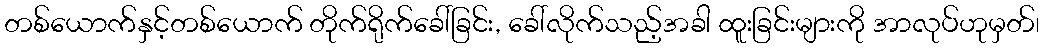
တစ်ယောက်နှင့်တစ်ယောက် တိုက်ရိုက်ခေါ်ခြင်း, ခေါ်လိုက်သည့်အခါ ထူးခြင်းများကို အာလုပ်ဟုမှတ်၊